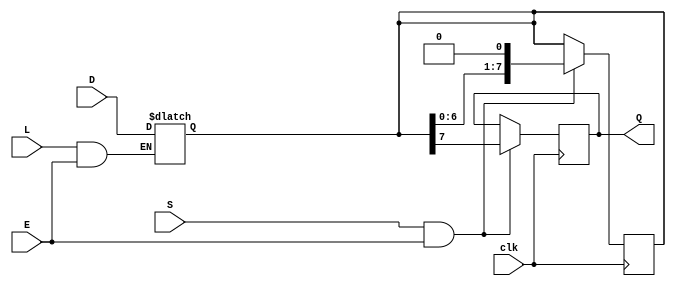
module PISO_Register (
    input wire [7:0] D,     // Parallel data input (8 bits)
    input wire L,           // Load signal
    input wire S,           // Shift signal
    input wire E,           // Enable signal
    input wire clk,         // Clock signal
    output reg Q            // Serial output
);

    // Internal register to hold the data
    reg [7:0] shift_reg;    // 8-bit shift register

    always @(*) begin
        if (L && E) begin
            // Load data into the shift register asynchronously when Load is high
            shift_reg = D;
        end
    end

    always @(posedge clk) begin
        if (S && E) begin
            // Shift data out serially on the rising edge of the clock when Shift is high
            Q <= shift_reg[7]; // Output the MSB
            shift_reg <= {shift_reg[6:0], 1'b0}; // Shift left, inserting 0 at LSB
        end
    end

endmodule